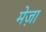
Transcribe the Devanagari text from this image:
मेज़ा